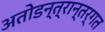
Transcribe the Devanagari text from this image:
अतोडन्त्रान्तर्गत